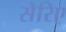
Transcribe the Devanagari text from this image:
सेरिए